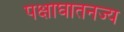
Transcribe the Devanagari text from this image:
पक्षाघातनज्य